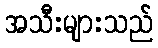
အသီးများသည်